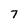
Character: 7